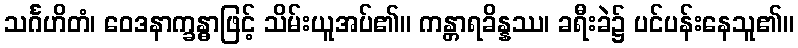
သင်္ဂဟိတံ၊ ဝေဒနာက္ခန္ဓာဖြင့် သိမ်းယူအပ်၏။ ကန္တာရခိန္နဿ၊ ခရီးခဲ၌ ပင်ပန်းနေသူ၏။